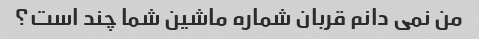
من نمی دانم قربان شماره ماشین شما چند است؟